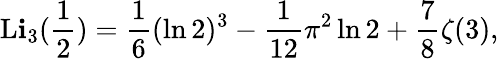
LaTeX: \operatorname{L\mathbf{i}}_{3}({\frac{{1}}{{2}}})={\frac{{1}}{{6}}}(\ln2)^{3}-{\frac{{1}}{{12}}}\pi^{2}\ln2+{\frac{{7}}{{8}}}\zeta(3),